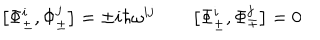
\bigl [ \Phi _ { \pm } ^ { i } , \Phi _ { \pm } ^ { j } \bigr ] = \pm i \hbar \omega ^ { i j } \qquad \bigl [ \Phi _ { \pm } ^ { i } , \Phi _ { \mp } ^ { j } \bigr ] = 0